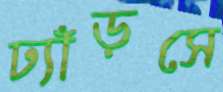
ঢ্যাঁড়সে